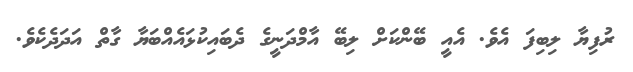
ރުފިޔާ ލިބިފަ އެވެ. އެއީ ބޭންކަށް ލިބޭ އާމްދަނީގެ ދެބައިކުޅައެއްބަޔާ ގާތް އަދަދެކެވެ.